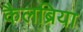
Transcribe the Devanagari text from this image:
कैलब्रिया